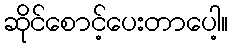
ဆိုင်စောင့်ပေးတာပေါ့။